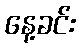
နေ့ခင်း